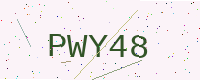
Text: PWY48